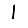
Digit: 1